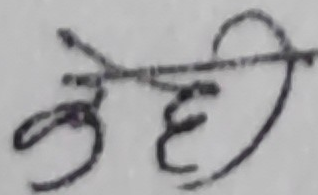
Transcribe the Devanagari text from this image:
नेही